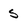
Character: s